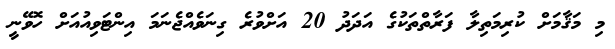
މި މަޤާމަށް ކުރިމަތިލާ ފަރާތްތަކުގެ އަދަދު 20 އަށްވުރެ ގިނަވެއްޖެނަމަ އިންޓަވިއުއަށް ހޮވޭނީ